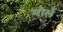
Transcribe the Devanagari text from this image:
मौर्ले